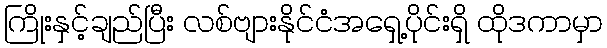
ကြိုးနှင့်ချည်ပြီး လစ်ဗျားနိုင်ငံအရှေ့ပိုင်းရှိ ထိုဒကာမှာ